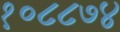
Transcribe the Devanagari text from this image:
१०८८७४